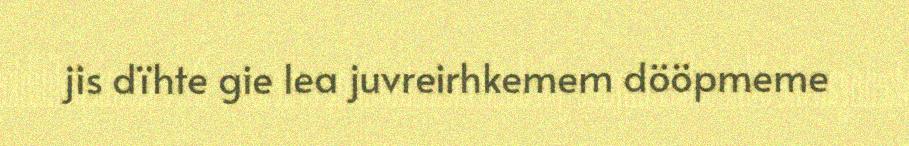
jis dïhte gie lea juvreirhkemem dööpmeme